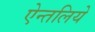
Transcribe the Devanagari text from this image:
ऐन्तलिये